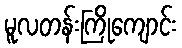
မူလတန်းကြိုကျောင်း